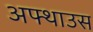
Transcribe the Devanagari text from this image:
अफ्थाउस